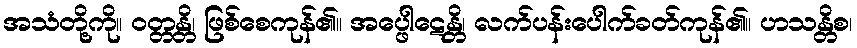
အသံတို့ကို။ ဝတ္တန္တိ၊ ဖြစ်စေကုန်၏။ အပ္ဖေါဋေန္တိ၊ လက်ပန်းပေါက်ခတ်ကုန်၏။ ဟသန္တိစ၊